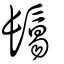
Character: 鬄